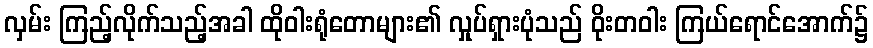
လှမ်း ကြည့်လိုက်သည့်အခါ ထိုဝါးရုံတောများ၏ လှုပ်ရှားပုံသည် ဝိုးတဝါး ကြယ်ရောင်အောက်၌